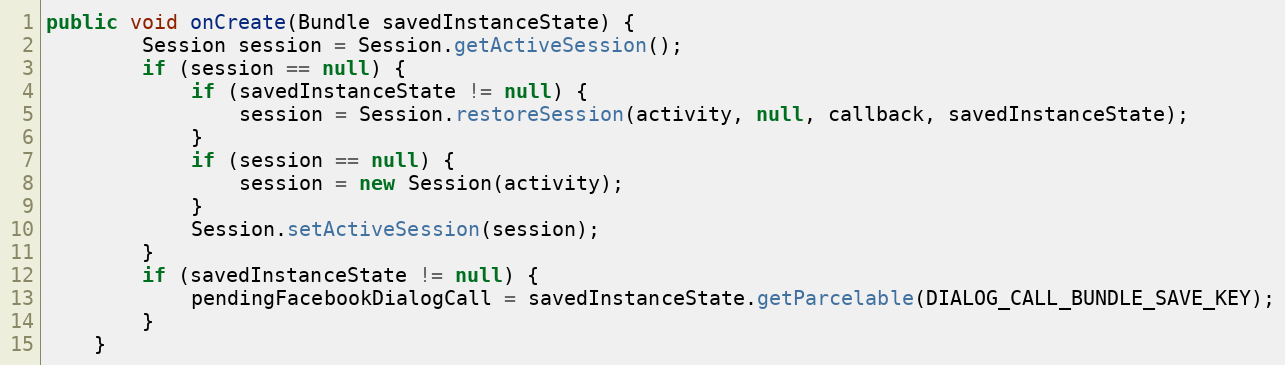
Language: Java
public void onCreate(Bundle savedInstanceState) {
        Session session = Session.getActiveSession();
        if (session == null) {
            if (savedInstanceState != null) {
                session = Session.restoreSession(activity, null, callback, savedInstanceState);
            }
            if (session == null) {
                session = new Session(activity);
            }
            Session.setActiveSession(session);
        }
        if (savedInstanceState != null) {
            pendingFacebookDialogCall = savedInstanceState.getParcelable(DIALOG_CALL_BUNDLE_SAVE_KEY);
        }
    }